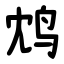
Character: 鸩